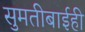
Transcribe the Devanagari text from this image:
सुमतीबाईही